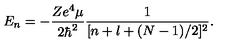
E _ { n } = - \frac { Z e ^ { 4 } \mu } { 2 \hbar ^ { 2 } } \frac { 1 } { [ n + l + ( N - 1 ) / 2 ] ^ { 2 } } .